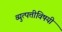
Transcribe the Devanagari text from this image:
व्युत्पत्तीविषयी